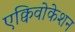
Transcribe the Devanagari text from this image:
एक्विवोकेशन